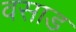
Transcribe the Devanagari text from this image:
वसाड